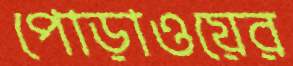
পোড়াওয়ের